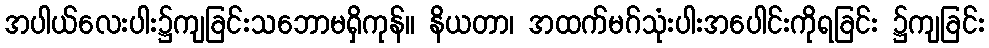
အပါယ်လေးပါး၌ကျခြင်းသဘောမရှိကုန်။ နိယတာ၊ အထက်မဂ်သုံးပါးအပေါင်းကိုရခြင်း ၌ကျခြင်း